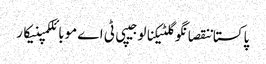
پاکستاننقصانگوگلٹیکنالوجیپی ٹی اےموبائلکمپنیکار